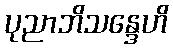
ပုညာဘိသန္ဒေဟိ